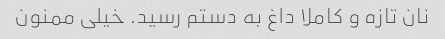
نان تازه و کاملا داغ به دستم رسید. خیلی ممنون